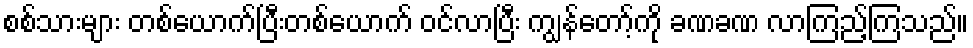
စစ်သားများ တစ်ယောက်ပြီးတစ်ယောက် ဝင်လာပြီး ကျွန်တော့်ကို ခဏခဏ လာကြည့်ကြသည်။